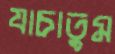
যাচাতুম